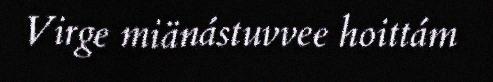
Virge miänástuvvee hoittám